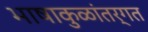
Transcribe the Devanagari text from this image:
भाषाकुळांतर्गत